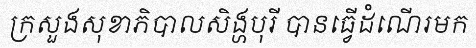
ក្រសួងសុខាភិបាលសិង្ហបុរី បានធ្វើដំណើរមក